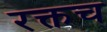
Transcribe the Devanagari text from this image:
रक्तच